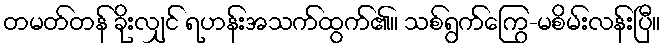
တမတ်တန် ခိုးလျှင် ရဟန်းအသက်ထွက်၏။ သစ်ရွက်ကြွေ-မစိမ်းလန်းပြီ။